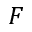
F